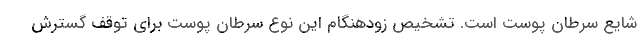
شایع سرطان پوست است. تشخیص زودهنگام این نوع سرطان پوست برای توقف گسترش